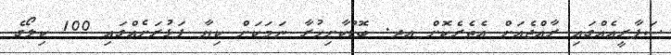
ސަފާރީއެއްގައި ރާއްޖެއަށް އެތެރެކޮށް އދ. ބޮޑުކާށިހުރާ ނަމަކަށް ކިޔާ ފަޅުރަށެއްގައި 100 ކިލޯގެ